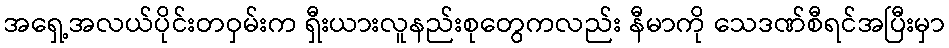
အရှေ့အလယ်ပိုင်းတဝှမ်းက ရှီးယားလူနည်းစုတွေကလည်း နီမာကို သေဒဏ်စီရင်အပြီးမှာ